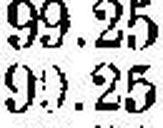
99.25